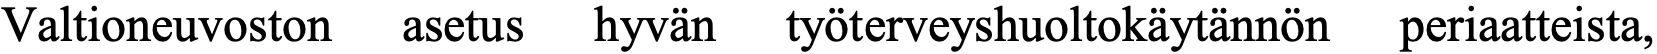
Valtioneuvoston asetus hyvän työterveyshuoltokäytännön periaatteista,